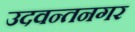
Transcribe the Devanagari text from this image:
उदवन्तनगर